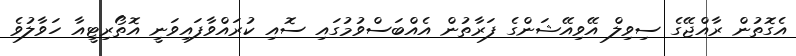
އެގޮތުން ރާއްޖޭގެ ސިވިލް އޭވިއޭޝަންގެ ފަރާތުން އެއްބަސްވުމުގައި ސޮއި ކުރައްވާފައިވަނީ އޮތޯރިޓީއާ ހަވާލުވެ